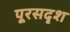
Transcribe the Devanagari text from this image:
पूरसदृश